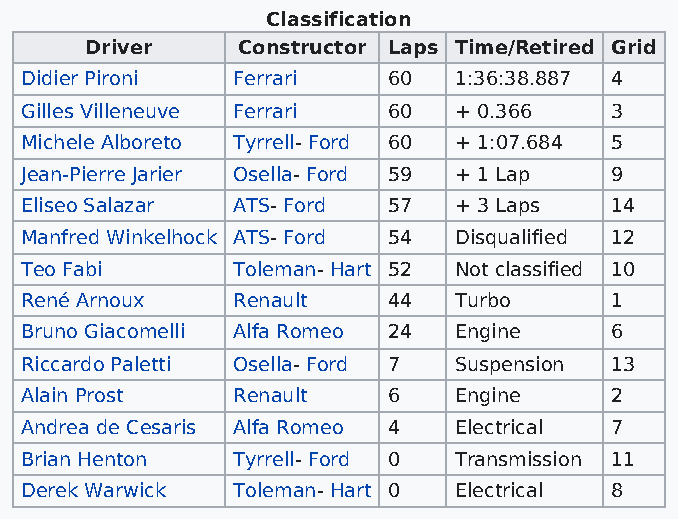
Classification
 Driver    Constructor Laps Time/Retired Grid
 Didier Pironi Ferrari    60  1:36:38.887 4
 Gilles Villeneuve Ferrari 60 + 0.366   3
 Michele Alboreto Tyrrell- Ford 60 + 1:07.684 5
 Jean-Pierre Jarier Osella- Ford 59 + 1 Lap 9
 Eliseo Salazar ATS- Ford 57  + 3 Laps  14
 Manfred Winkelhock ATS- Ford 54 Disqualified 12
 Teo Fabi      Toleman- Hart 52 Not classified 10
 René Arnoux   Renault    44  Turbo     1
 Bruno Giacomelli Alfa Romeo 24 Engine  6
 Riccardo Paletti Osella- Ford 7 Suspension 13
 Alain Prost   Renault    6   Engine    2
 Andrea de Cesaris Alfa Romeo 4 Electrical 7
 Brian Henton  Tyrrell- Ford 0 Transmission 11
 Derek Warwick Toleman- Hart 0 Electrical 8